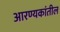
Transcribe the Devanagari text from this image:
आरण्यकांतील